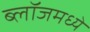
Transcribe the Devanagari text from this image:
ब्लॉजमध्ये